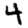
Digit: 4